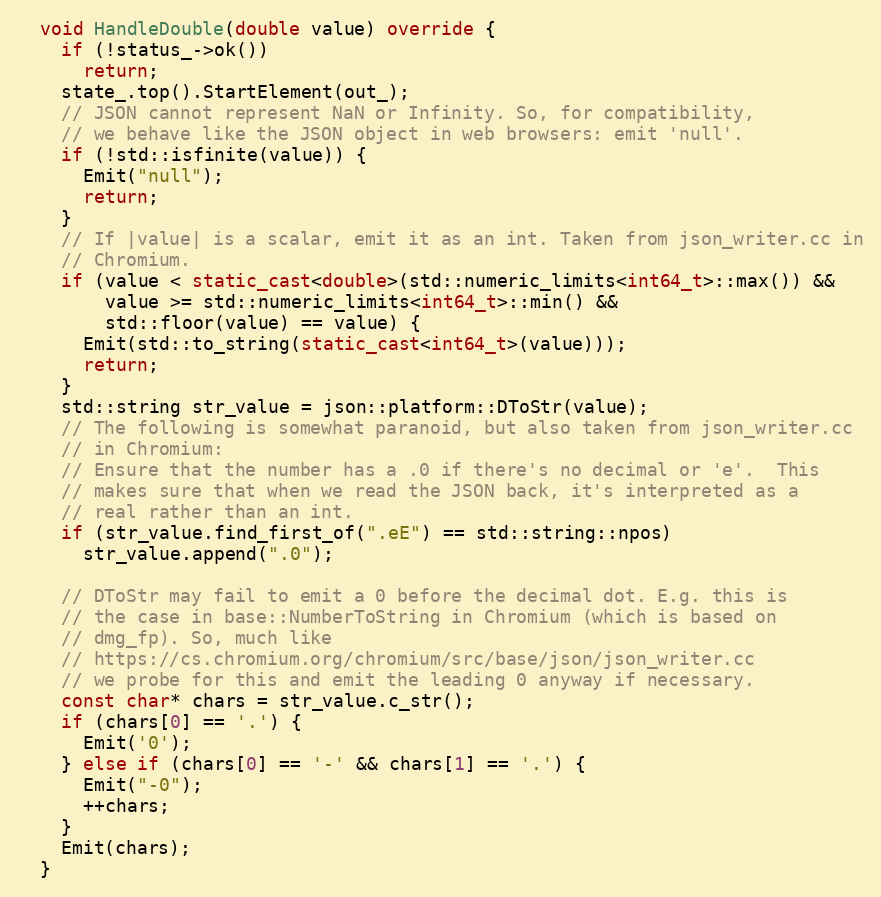
Language: C++
  void HandleDouble(double value) override {
    if (!status_->ok())
      return;
    state_.top().StartElement(out_);
    // JSON cannot represent NaN or Infinity. So, for compatibility,
    // we behave like the JSON object in web browsers: emit 'null'.
    if (!std::isfinite(value)) {
      Emit("null");
      return;
    }
    // If |value| is a scalar, emit it as an int. Taken from json_writer.cc in
    // Chromium.
    if (value < static_cast<double>(std::numeric_limits<int64_t>::max()) &&
        value >= std::numeric_limits<int64_t>::min() &&
        std::floor(value) == value) {
      Emit(std::to_string(static_cast<int64_t>(value)));
      return;
    }
    std::string str_value = json::platform::DToStr(value);
    // The following is somewhat paranoid, but also taken from json_writer.cc
    // in Chromium:
    // Ensure that the number has a .0 if there's no decimal or 'e'.  This
    // makes sure that when we read the JSON back, it's interpreted as a
    // real rather than an int.
    if (str_value.find_first_of(".eE") == std::string::npos)
      str_value.append(".0");

    // DToStr may fail to emit a 0 before the decimal dot. E.g. this is
    // the case in base::NumberToString in Chromium (which is based on
    // dmg_fp). So, much like
    // https://cs.chromium.org/chromium/src/base/json/json_writer.cc
    // we probe for this and emit the leading 0 anyway if necessary.
    const char* chars = str_value.c_str();
    if (chars[0] == '.') {
      Emit('0');
    } else if (chars[0] == '-' && chars[1] == '.') {
      Emit("-0");
      ++chars;
    }
    Emit(chars);
  }